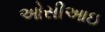
ઓસીઆઇ